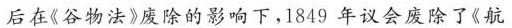
后在《谷物法》废除的影响下，1849年议会废除了《航